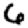
Digit: 6